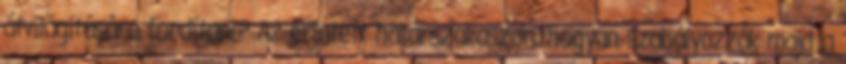
átvilágítására fordítani? Az érintett határszakaszon, hogyan szabályozzák majd a